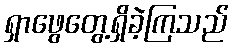
ရှာဖွေတွေ့ရှိခဲ့ကြသည်